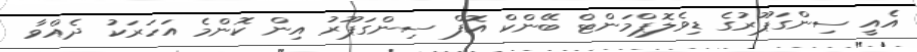
އެއީ ސިންގަޕޫރުގެ ޑިވެލޮޕްމަންޓް ބޭންކް އޮފް ސިންގަޕޫރު އިން ކޮންމެ އަހަރަކު ދެއްވާ